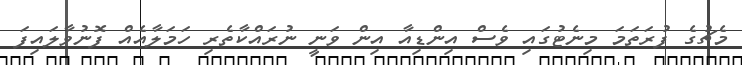
މެޗުގެ ފުރަތަމަ މިނެޓުގައި ވެސް އިންޑިއާ އިން ވަނީ ނުރައްކާތެރި ހަމަލާއެއް ފޮނުވާލައިފަ